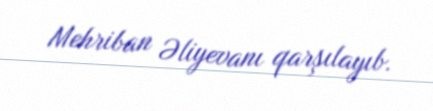
Mehriban Əliyevanı qarşılayıb.